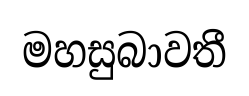
මහසුබාවතී